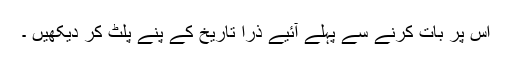
اس پر بات کرنے سے پہلے آئیے ذرا تاریخ کے پنےّ پلٹ کر دیکھیں ۔